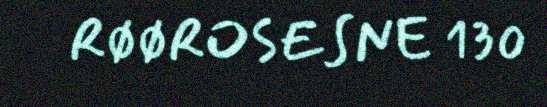
RØØROSESNE 130